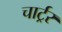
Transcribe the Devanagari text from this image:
चार्ट्रर